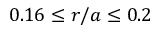
0 . 1 6 \le r / a \le 0 . 2